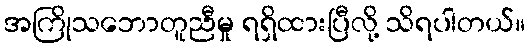
အကြိုသဘောတူညီမှု ရရှိထားပြီလို့ သိရပါတယ်။